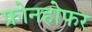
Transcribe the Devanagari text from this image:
फ्रोनहोफर